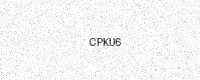
Text: CPKU6